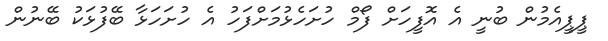
ޕީޕީއެމުން ބުނީ އެ އޮފީހަށް ފޯމް ހުށަހެޅުމަށްފަހު އެ ހުށަހަޅާ ބޭފުޅަކު ބޭނުން